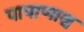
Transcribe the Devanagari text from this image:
पापाणाश्व